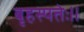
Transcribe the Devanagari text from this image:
बृहस्पतेः॥